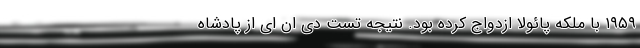
۱۹۵۹ با ملکه پائولا ازدواج کرده بود. نتیجه تست دی ان ای از پادشاه